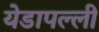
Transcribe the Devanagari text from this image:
येडापल्ली